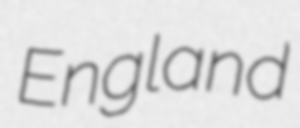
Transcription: England